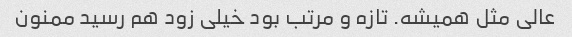
عالی مثل همیشه. تازه و مرتب بود خیلی زود هم رسید ممنون